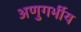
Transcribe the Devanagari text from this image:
अणुगर्भीय